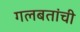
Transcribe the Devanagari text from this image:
गलबतांची